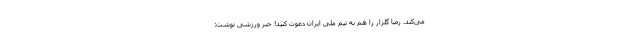
می‌کند. رضا گلزار را هم به تیم ملی ایران دعوت کنید! خبر ورزشی نوشت: